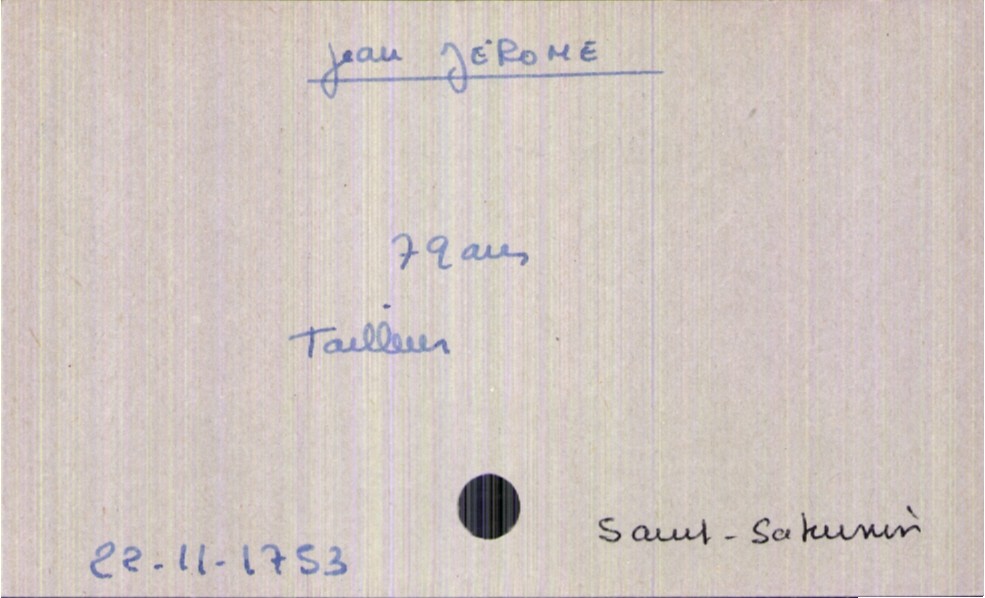
type_acte: Décès
année: 1753
mois: 11
jour: 22
paroisse: Saint-Saturnin
défunt_nom: Jérome
défunt_prénom: Jean
défunt_sexe: H
défunt_âge: 79 ans
défunt_profession: tailleur